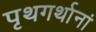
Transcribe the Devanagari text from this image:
पृथगर्थानां